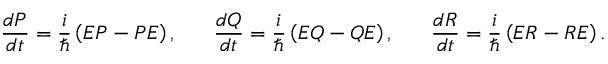
\frac { d P } { d t } = \frac { i } { \hbar } \left( E P - P E \right) , \ \ \ \ \ \frac { d Q } { d t } = \frac { i } { \hbar } \left( E Q - Q E \right) , \ \ \ \ \ \frac { d R } { d t } = \frac { i } { \hbar } \left( E R - R E \right) .